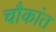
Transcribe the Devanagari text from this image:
चौकांत